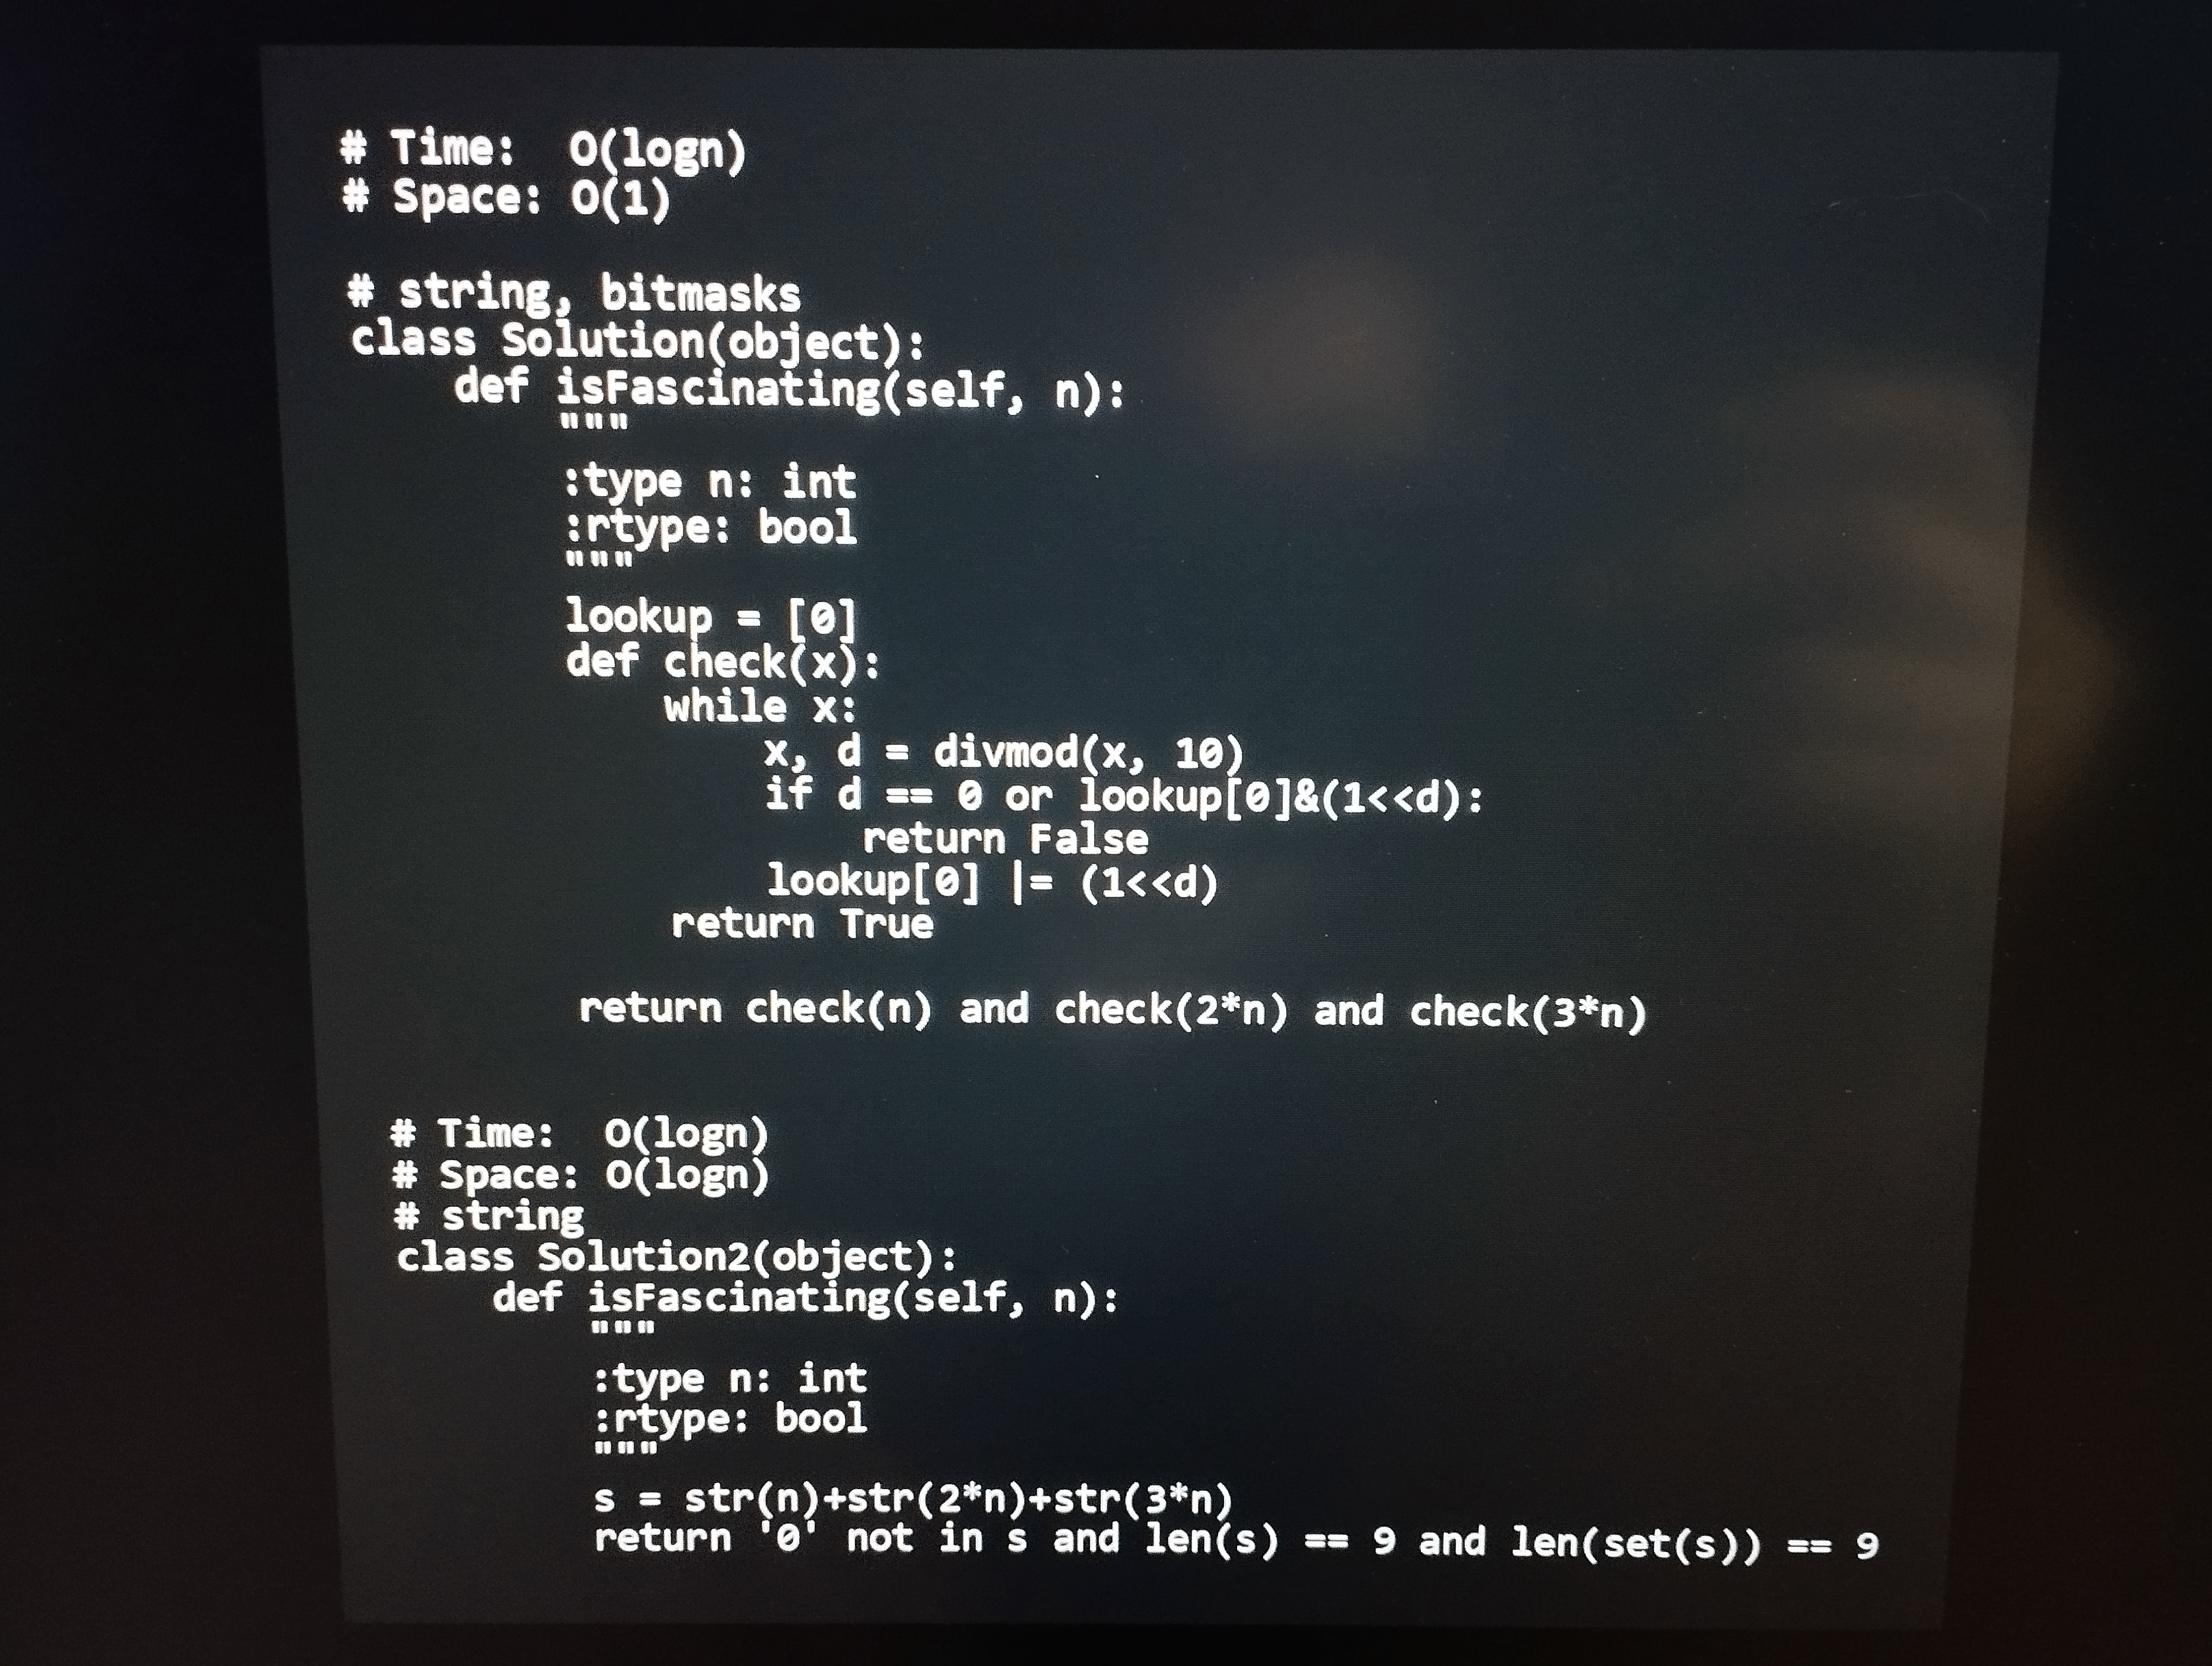
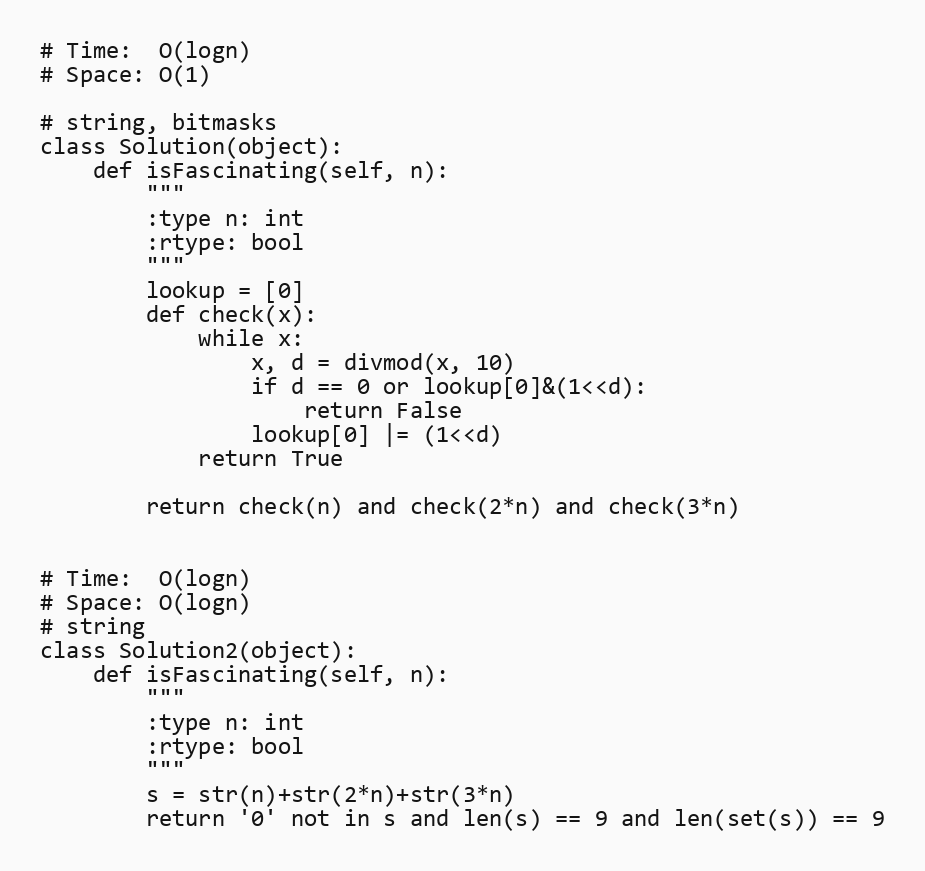
# Time:  O(logn)
# Space: O(1)

# string, bitmasks
class Solution(object):
    def isFascinating(self, n):
        """
        :type n: int
        :rtype: bool
        """
        lookup = [0]
        def check(x):
            while x:
                x, d = divmod(x, 10)
                if d == 0 or lookup[0]&(1<<d):
                    return False
                lookup[0] |= (1<<d)
            return True

        return check(n) and check(2*n) and check(3*n)

# Time:  O(logn)
# Space: O(logn)
# string
class Solution2(object):
    def isFascinating(self, n):
        """
        :type n: int
        :rtype: bool
        """
        s = str(n)+str(2*n)+str(3*n)
        return '0' not in s and len(s) == 9 and len(set(s)) == 9